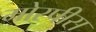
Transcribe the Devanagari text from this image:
मोरपीस